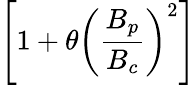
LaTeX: \left[1+\theta\left(\frac{B_{p}}{B_{c}}\right)^{2}\right]